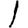
Digit: 1